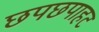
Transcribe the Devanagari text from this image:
छपछपाहट